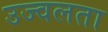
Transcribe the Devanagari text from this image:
उज्वलता